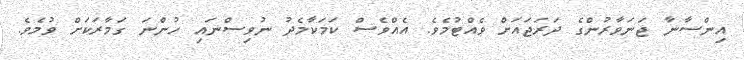
އިންސާނާ ޖަނަވާރުންގެ ދަރަޖައަށް ވެއްޓުމެވެ. އެއްވެސް ކަމަކާމެދު ނުވިސްނައި ހުންނަ ގަމާރަކަށް ވުމެވެ.